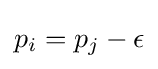
p_{i}=p_{j}-\epsilon